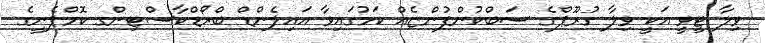
ވިލާ ޓީވީ އަކީ ވިލާ ގުރޫޕްގެ ސަބްކުންފުންޏެއް ކަމުގައިވާ އައިލެންޑް ބްރޯޑްކާސްޓިންގ ކޮމްޕެނީގެ